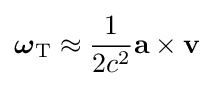
{\boldsymbol {\omega }}_{\text{T}}\approx {\frac {1}{2c^{2}}}\mathbf {a} \times \mathbf {v}